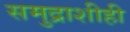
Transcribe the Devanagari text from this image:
समुद्राशीही